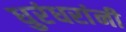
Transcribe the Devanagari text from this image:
धुरंधरांनी